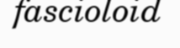
fascioloid